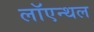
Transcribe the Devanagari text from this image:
लॉएन्थल